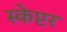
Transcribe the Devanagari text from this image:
स्केप्टर